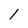
Character: 1